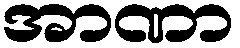
အာဏာ